Report on the lunatic asylums under the Government of Bombay - 1904-1913
Year: 1904
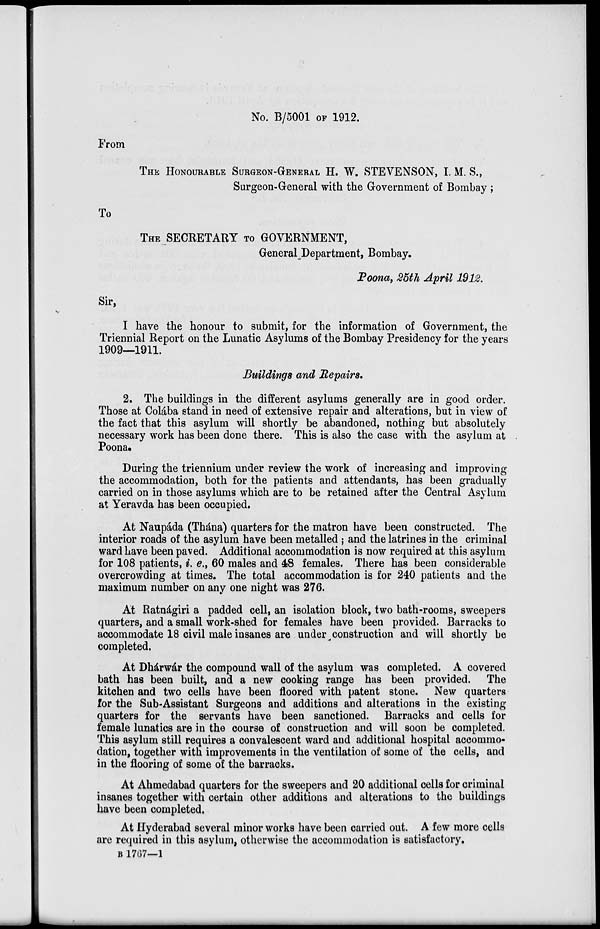
No. B/5001 OF 1912.
From
THE HONOURABLE SURGEON-GENERAL H. W. STEVENSON, I. M. S.,
Surgeon-General with the Government of Bombay ;
To
THE SECRETARY TO GOVERNMENT,
General Department, Bombay.
Poona, 25th April 1912.
Sir,
I have the honour to submit, for the information of Government, the
Triennial Report on the Lunatic Asylums of the Bombay Presidency for the years
1909—1911.
Buildings and Repairs.
2. The buildings in the different asylums generally are in good order.
Those at Colába stand in need of extensive repair and alterations, but in view of
the fact that this asylum will shortly be abandoned, nothing but absolutely
necessary work has been done there. This is also the case with the asylum at
Poona.
During the triennium under review the work of increasing and improving
the accommodation, both for the patients and attendants, has been gradually
carried on in those asylums which are to be retained after the Central Asylum
at Yeravda has been occupied.
At Naupáda (Thána) quarters for the matron have been constructed. The
interior roads of the asylum have been metalled ; and the latrines in the criminal
ward have been paved. Additional accommodation is now required at this asylum
for 108 patients, i. e., 60 males and 48 females. There has been considerable
overcrowding at times. The total accommodation is for 240 patients and the
maximum number on any one night was 276.
At Ratnágiri a padded cell, an isolation block, two bath-rooms, sweepers
quarters, and a small work-shed for females have been provided. Barracks to
accommodate 18 civil male insanes are under construction and will shortly be
completed.
At Dhárwár the compound wall of the asylum was completed. A covered
bath has been built, and a new cooking range has been provided. The
kitchen and two cells have been floored with patent stone. New quarters
for the Sub-Assistant Surgeons and additions and alterations in the existing
quarters for the servants have been sanctioned. Barracks and cells for
female lunatics are in the course of construction and will soon be completed.
This asylum still requires a convalescent ward and additional hospital accommo-
dation, together with improvements in the ventilation of some of the cells, and
in the flooring of some of the barracks.
At Ahmedabad quarters for the sweepers and 20 additional cells for criminal
insanes together with certain other additions and alterations to the buildings
have been completed.
At Hyderabad several minor works have been carried out. A few more cells
are required in this asylum, otherwise the accommodation is satisfactory.
B 1767—1